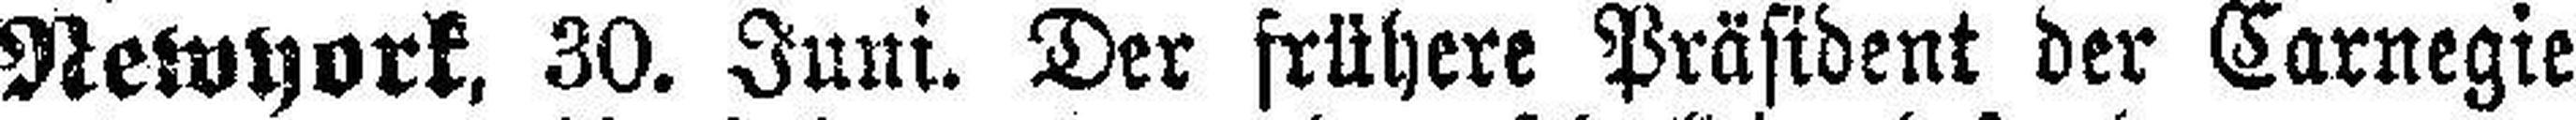
Newyork, 30. Juni. Der frühere Präsident der Carnegie